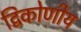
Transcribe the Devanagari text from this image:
द्विकोणीय